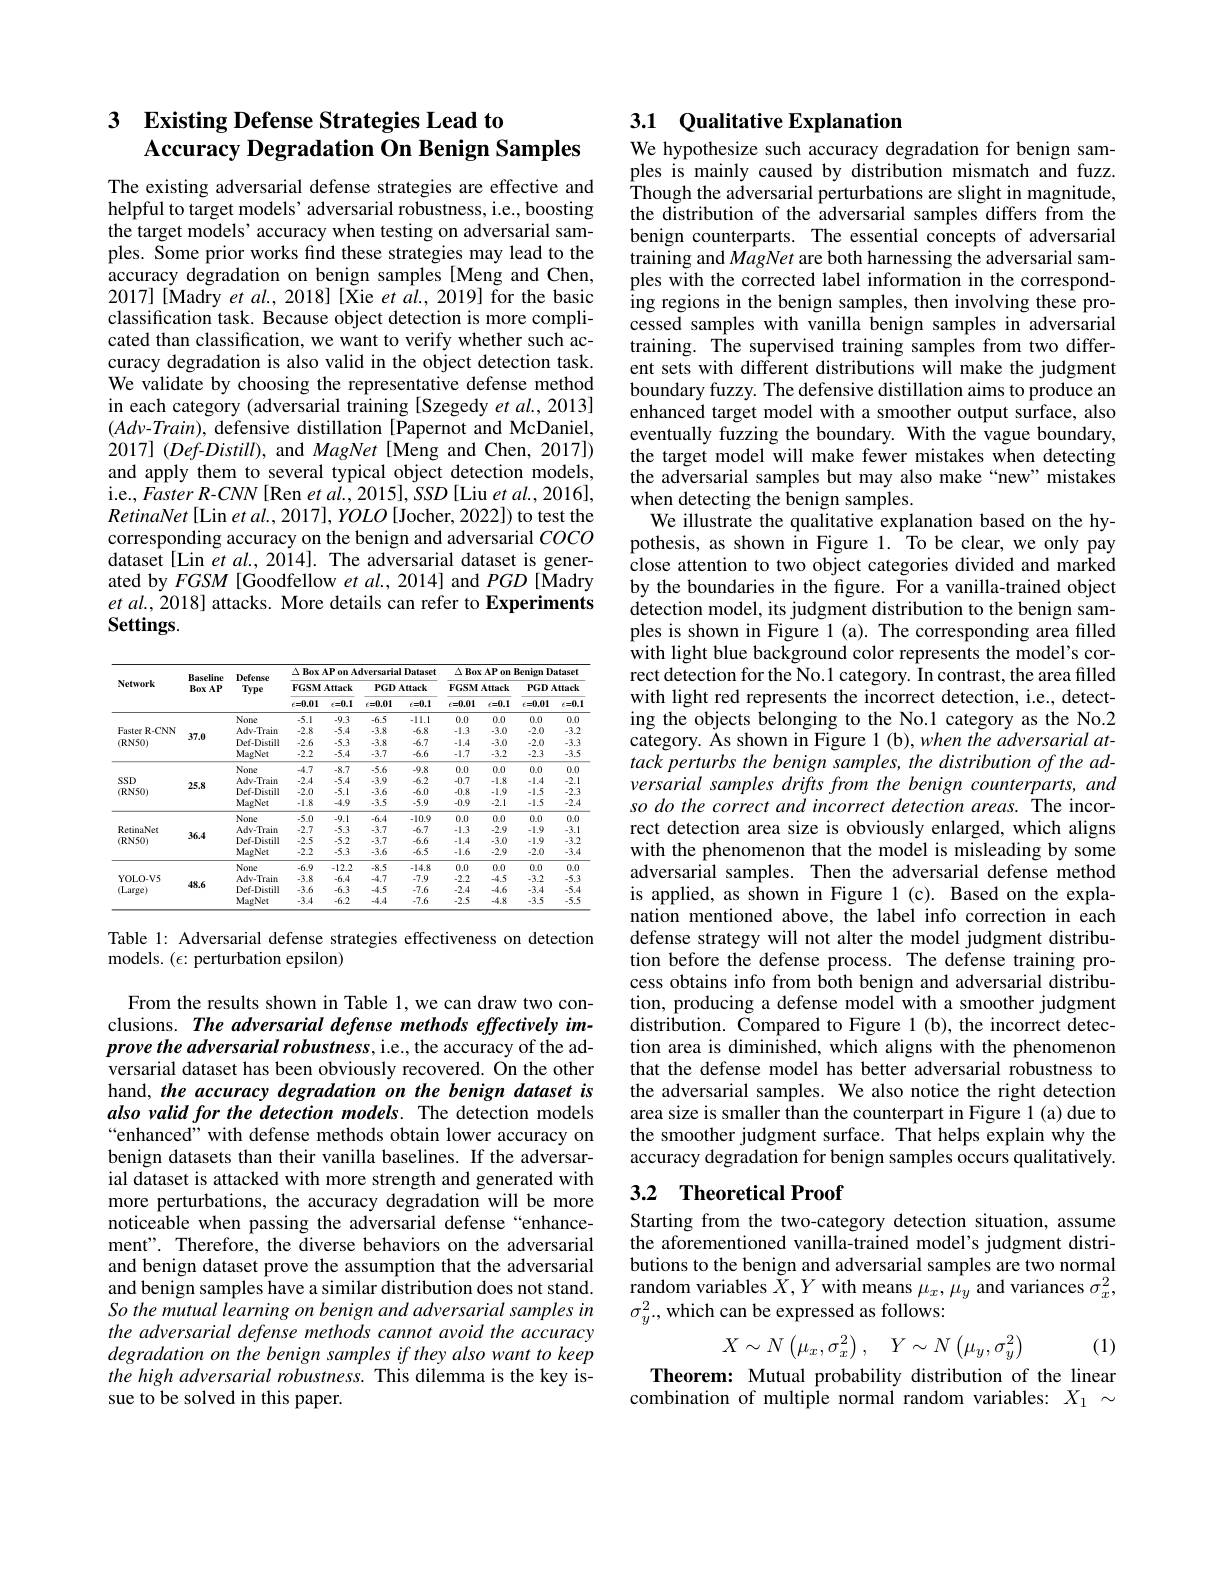
## 3 $\textbf{Existing Defense Strategies Lead to}$ Accuracy Degradation On Benign Samples

The existing adversarial defense strategies are effective and helpful to target models' adversarial robustness, i.e., boosting the target models' accuracy when testing on adversarial samples. Some prior works find these strategies may lead to the accuracy degradation on benign samples [Meng and Chen, 2017] [Madry et al., 2018] [Xie et al., 2019] for the basic classification task. Because object detection is more complicated than classification, we want to verify whether such accuracy degradation is also valid in the object detection task. We validate by choosing the representative defense method in each category (adversarial training [Szegedy et al., 2013] $(Adv-Train)$, defensive distillation [Papernot and McDaniel, $2017](Def-Distill)$, and MagNet [Meng and Chen, 2017]) and apply them to several typical object detection models, i.e., Faster R-CNN[Ren et al., 2015], SSD [Liu et al., 2016], $RetinaNet\left[\mathrm{Lin~et~al.,2017}\right],YOLO\left[\mathrm{Jocher,2022}\right])$ to test the corresponding accuracy on the benign and adversarial $COCO$ dataset[Lin $et$ al., 2014]. The adversarial dataset is generated by $FGSM$ [Goodfellow et al., 2014] and $PGD$ [Madry $etal.,2018]$ attacks. More details can refer to Experiments Settings.

<table>
	<tbody>
		<tr>
			<th rowspan="3">Network</th>
			<th rowspan="3">Baseline BoxAP</th>
			<th rowspan="3">Defense Type</th>
			<th colspan="4">$\Delta \textbf{ Box AP on Adversarial Dataset}$</th>
			<th colspan="4">$\Delta \textbf{ Box AP on Benign Dataset}$</th>
		</tr>
		<tr>
			<th colspan="2">FGSM Attack</th>
			<th colspan="2">PGD Attack</th>
			<th colspan="2">FGSM Attack</th>
			<th colspan="2">PGD Attack</th>
		</tr>
		<tr>
			<th>$\epsilon=0.01$</th>
			<th>$\epsilon=0.1$</th>
			<th>$\epsilon=0.01$</th>
			<th>$\epsilon=0.1$</th>
			<th>$\epsilon=0.01$</th>
			<th>$\epsilon=0.1$</th>
			<th>$\epsilon=0.01$</th>
			<th>$\epsilon=0.1$</th>
		</tr>
		<tr>
			<td rowspan="4">Faster r R-CNN (RN50)</td>
			<td rowspan="4">37.0</td>
			<td>None</td>
			<td>.5.1</td>
			<td>.9.3</td>
			<td>-6.5</td>
			<td>-11.1</td>
			<td>0.0</td>
			<td>0.0</td>
			<td>0.0</td>
			<td>0.0</td>
		</tr>
		<tr>
			<td>Adv-Train</td>
			<td>-2.8</td>
			<td>.5.4</td>
			<td>-3.8</td>
			<td>-6.8</td>
			<td>-1.3</td>
			<td>-3.0</td>
			<td>-2.0</td>
			<td>-3.2</td>
		</tr>
		<tr>
			<td>Def-Distill</td>
			<td>-2.6</td>
			<td>.5.3</td>
			<td>-3.8</td>
			<td>-6.7</td>
			<td>-1.4</td>
			<td>-3.0</td>
			<td>-2.0</td>
			<td>-3.3</td>
		</tr>
		<tr>
			<td>MagNet</td>
			<td>-2.2</td>
			<td>.5.4</td>
			<td>-3.7</td>
			<td>-6.6</td>
			<td>-1.7</td>
			<td>-3.2</td>
			<td>-2.3</td>
			<td>-3.5</td>
		</tr>
		<tr>
			<td rowspan="4">SSD (RN50)</td>
			<td rowspan="4">25.8</td>
			<td>None</td>
			<td>-4.7</td>
			<td>-8.7</td>
			<td>.5.6</td>
			<td>-9.8</td>
			<td>0.0</td>
			<td>0.0</td>
			<td>0.0</td>
			<td>0.0</td>
		</tr>
		<tr>
			<td>Adv-Train</td>
			<td>-2.4</td>
			<td>.5.4</td>
			<td>-3.9</td>
			<td>-6.2</td>
			<td>-0.7</td>
			<td>-1.8</td>
			<td>-1.4</td>
			<td>-2.1</td>
		</tr>
		<tr>
			<td>Def-Distill</td>
			<td>-2.0</td>
			<td>.5.1</td>
			<td>-3.6</td>
			<td>-6.0</td>
			<td>-0.8</td>
			<td>-1.9 、 $\frac{1}{2}=\frac{1}{2}$ 1</td>
			<td>-1.5</td>
			<td>-2.3</td>
		</tr>
		<tr>
			<td>MagNet</td>
			<td>-1.8</td>
			<td>-4.9</td>
			<td>-3.5</td>
			<td>-5.9</td>
			<td>-0.9</td>
			<td>-2.1</td>
			<td>-1.5</td>
			<td>-2.4</td>
		</tr>
		<tr>
			<td rowspan="4">RetinaNet (RN50)</td>
			<td rowspan="4">36.4</td>
			<td>None</td>
			<td>.5.0</td>
			<td>.0</td>
			<td>-6.4</td>
			<td>10.9</td>
			<td>0.0 1</td>
			<td>100 1 1</td>
			<td>111 1 1 1</td>
			<td>00</td>
		</tr>
		<tr>
			<td>Adv-Train</td>
			<td>-2.7</td>
			<td>.5.3</td>
			<td>-3.7</td>
			<td>-6.7</td>
			<td>-1.3</td>
			<td>-2.9</td>
			<td>-1.9</td>
			<td>-3.1</td>
		</tr>
		<tr>
			<td>Def-Distill</td>
			<td>-2.5</td>
			<td>.5.2</td>
			<td>-3.7</td>
			<td>-6.6</td>
			<td>-1.4</td>
			<td>-3.0</td>
			<td>-1.9</td>
			<td>-3.2</td>
		</tr>
		<tr>
			<td>MagNet</td>
			<td>-2.2</td>
			<td>.5.3</td>
			<td>-3.6</td>
			<td>-6.5</td>
			<td>-1.6</td>
			<td>-2.9</td>
			<td>-2.0</td>
			<td>-3.4 </td>
		</tr>
		<tr>
			<td rowspan="4">$YOLO-V5$ (Large)</td>
			<td rowspan="4">48.6</td>
			<td>None</td>
			<td>-6.9</td>
			<td>-12.2</td>
			<td>-8.5</td>
			<td>-14.8</td>
			<td>0.0</td>
			<td>0.0</td>
			<td>0.0</td>
			<td>0.0</td>
		</tr>
		<tr>
			<td>Adv-Train</td>
			<td>-3.8</td>
			<td>-6.4</td>
			<td>-4.7</td>
			<td>-7.9</td>
			<td>-2.2</td>
			<td>-4.5</td>
			<td>-3.2</td>
			<td>-5.3</td>
		</tr>
		<tr>
			<td>Def-Distill</td>
			<td>-3.6</td>
			<td>-6.3</td>
			<td>-4.5</td>
			<td>-7.6</td>
			<td>-2.4</td>
			<td>-4.6</td>
			<td>-3.4</td>
			<td>-5.4</td>
		</tr>
		<tr>
			<td>MagNet</td>
			<td>-3.4</td>
			<td>-6.2</td>
			<td>-4.4</td>
			<td>-7.6</td>
			<td>-2.5</td>
			<td>-4.8</td>
			<td>-3.5</td>
			<td>-5.5</td>
		</tr>
	</tbody>
</table>

Table 1: Adversarial defense strategies effectiveness on detection
models. $(\epsilon{:}$ perturbation epsilon)

From the results shown in Table 1, we can draw two conclusions. The adversarial defense methods effectively improve the adversarial robustness, i.e., the accuracy of the adversarial dataset has been obviously recovered. On the other hand, the accuracy degradation on the benign dataset is also valid for the detection models. The detection models “enhanced” with defense methods obtain lower accuracy on benign datasets than their vanilla baselines. If the adversarial dataset is attacked with more strength and generated with more perturbations, the accuracy degradation will be more noticeable when passing the adversarial defense “enhancement". Therefore, the diverse behaviors on the adversarial and benign dataset prove the assumption that the adversarial and benign samples have a similar distribution does not stand. So the mutual learning on benign and adversarial samples in the adversarial defense methods cannot avoid the accuracy degradation on the benign samples if they also want to keep the high adversarial robustness. This dilemma is the key issue to be solved in this paper.

### 3.1 Qualitative Explanation We hypothesize such accuracy degradation for benign sam-

ples is mainly caused by distribution mismatch and fuzz. $\hat{\text{Though the adversarial perturbations are slight in magnitude,}}$ the distribution of the adversarial samples differs from the benign counterparts. The essential concepts of adversarial training and MagNet are both harnessing the adversarial samples with the corrected label information in the corresponding regions in the benign samples, then involving these processed samples with vanilla benign samples in adversarial training. The supervised training samples from two different sets with different distributions will make the judgment boundary fuzzy. The defensive distillation aims to produce an enhanced target model with a smoother output surface, also eventually fuzzing the boundary. With the vague boundary, the target model will make fewer mistakes when detecting the adversarial samples but may also make“new”mistakes when detecting the benign samples.
We illustrate the qualitative explanation based on the hypothesis, as shown in Figure 1. To be clear, we only pay close attention to two object categories divided and marked by the boundaries in the figure. For a vanilla-trained object detection model, its judgment distribution to the benign samples is shown in Figure 1 (a). The corresponding area filled with light blue background color represents the model's correct detection for the No.1 category. In contrast, the area filled with light red represents the incorrect detection, i.e., detecting the objects belonging to the No.1 category as the No.2 category. Äs shown in Figure 1(b),when the adversarial attack perturbs the benign samples, the distribution of the adversarial samples drifts from the benign counterparts, and so do the correct and incorrect detection areas. The incorrect detection area size is obviously enlarged, which aligns with the phenomenon that the model is misleading by some adversarial samples. Then the adversarial defense method is applied, as shown in Figure 1(c). Based on the explanation mentioned above, the label info correction in each defense strategy will not alter the model judgment distribution before the defense process. The defense training process obtains info from both benign and adversarial distribution, producing a defense model with a smoother judgment distribution. Compared to Figure 1(b), the incorrect detection area is diminished, which aligns with the phenomenon that the defense model has better adversarial robustness to the adversarial samples. We also notice the right detection area size is smaller than the counterpart in Figure 1 (a) due to the smoother judgment surface. That helps explain why the accuracy degradation for benign samples occurs qualitatively. 3.2 Theoretical Proof

Starting from the two-category detection situation, assume the aforementioned vanilla-trained model's judgment distributions to the benign and adversarial samples are two normal random variables $\breve{X},Y$ with means $\mu_x,\dot{\mu}_y$ and variances $\sigma_x^2$, $\sigma_y^2$,which can be expressed as follows:
$$X\sim N\begin{pmatrix}\mu_x,\sigma_x^2\end{pmatrix},\quad Y\sim N\begin{pmatrix}\mu_y,\sigma_y^2\end{pmatrix}$$
(1)

Theorem: Mutual probability distribution of the linear combination of multiple normal random variables: $X_1\sim$